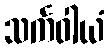
သင်္ကဝါယံ